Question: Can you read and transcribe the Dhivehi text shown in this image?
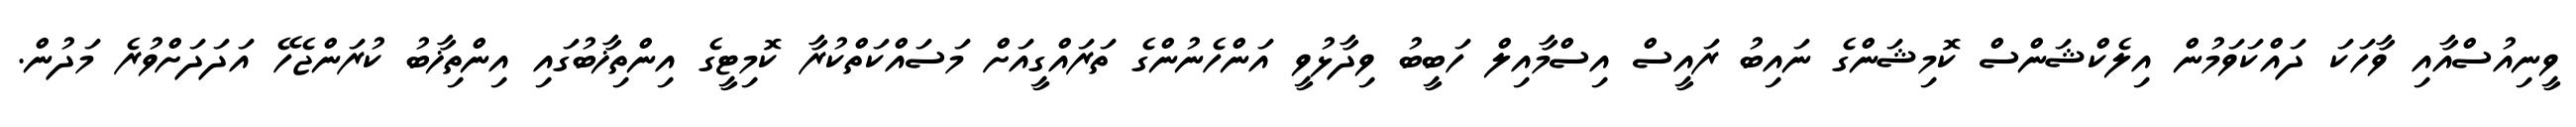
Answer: ވީނިއުސްއާއި ވާހަކަ ދައްކަވަމުން އިލެކްޝަންސް ކޮމިޝަންގެ ނައިބު ރައީސް އިސްމާއިލް ހަބީބު ވިދާޅުވީ އަންހެނުންގެ ތަރައްގީއަށް މަސައްކަތްކުރާ ކޮމިޓީގެ އިންތިޚާބުގައި އިންތިޚާބު ކުރަންޖެހޭ އަދަދަށްވުރެ މަދުން.